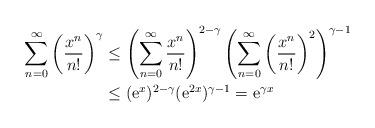
LaTeX: \begin{align*}{\displaystyle \sum_{n=0}^{\infty}\left(\frac{x^{n}}{n!}\right)^{\gamma}} & \leq\left(\sum_{n=0}^{\infty}\frac{x^{n}}{n!}\right)^{2-\gamma}\left(\sum_{n=0}^{\infty}\left(\frac{x^{n}}{n!}\right)^{2}\right)^{\gamma-1}\\ & \leq(\mathrm{e}^{x})^{2-\gamma}(\mathrm{e}^{2x})^{\gamma-1}=\mathrm{e}^{\gamma x}\end{align*}